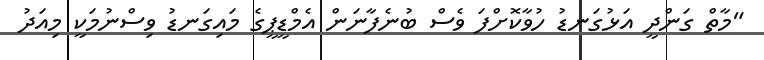
"މާތް ގަންދީ އަޅުގަނޑު ހުވާކޮށްފަ ވެސް ބުނެފާނަން އެމްޑީޕީގެ މައިގަނޑު ވިސްނުމަކީ މިއަދު